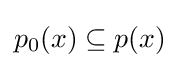
p_{0}(x)\subseteq p(x)